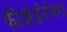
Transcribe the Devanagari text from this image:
फीओडोरोवना